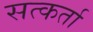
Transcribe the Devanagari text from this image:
सत्कर्ता